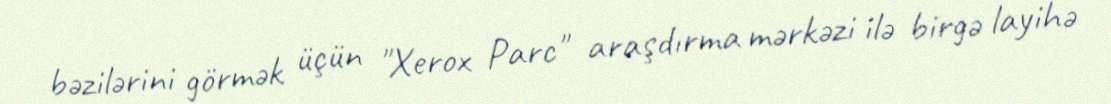
bəzilərini görmək üçün "Xerox Parc" araşdırma mərkəzi ilə birgə layihə